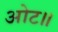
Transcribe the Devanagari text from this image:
ओट॥